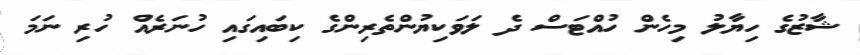
ޝާޒުގެ ހިޔާލު މިހެން ހުއްޓަސް ދެ ލަވަކިޔުންތެރިންގެ ކިބައިގައި ހުނަރެއް ހުރި ނަމަ